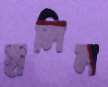
হালিল